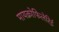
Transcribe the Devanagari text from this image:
मायक्रोफिलेरिई